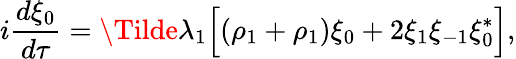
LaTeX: i\frac{d\xi_{0}}{d\tau}=\Tilde{\lambda}_{1}\Big[(\rho_{1}+\rho_{1})\xi_{0}+2\xi_{1}\xi_{-1}\xi_{0}^{*}\Big],